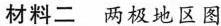
材料二 两极地区图